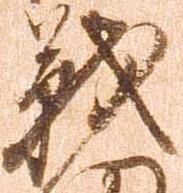
戦